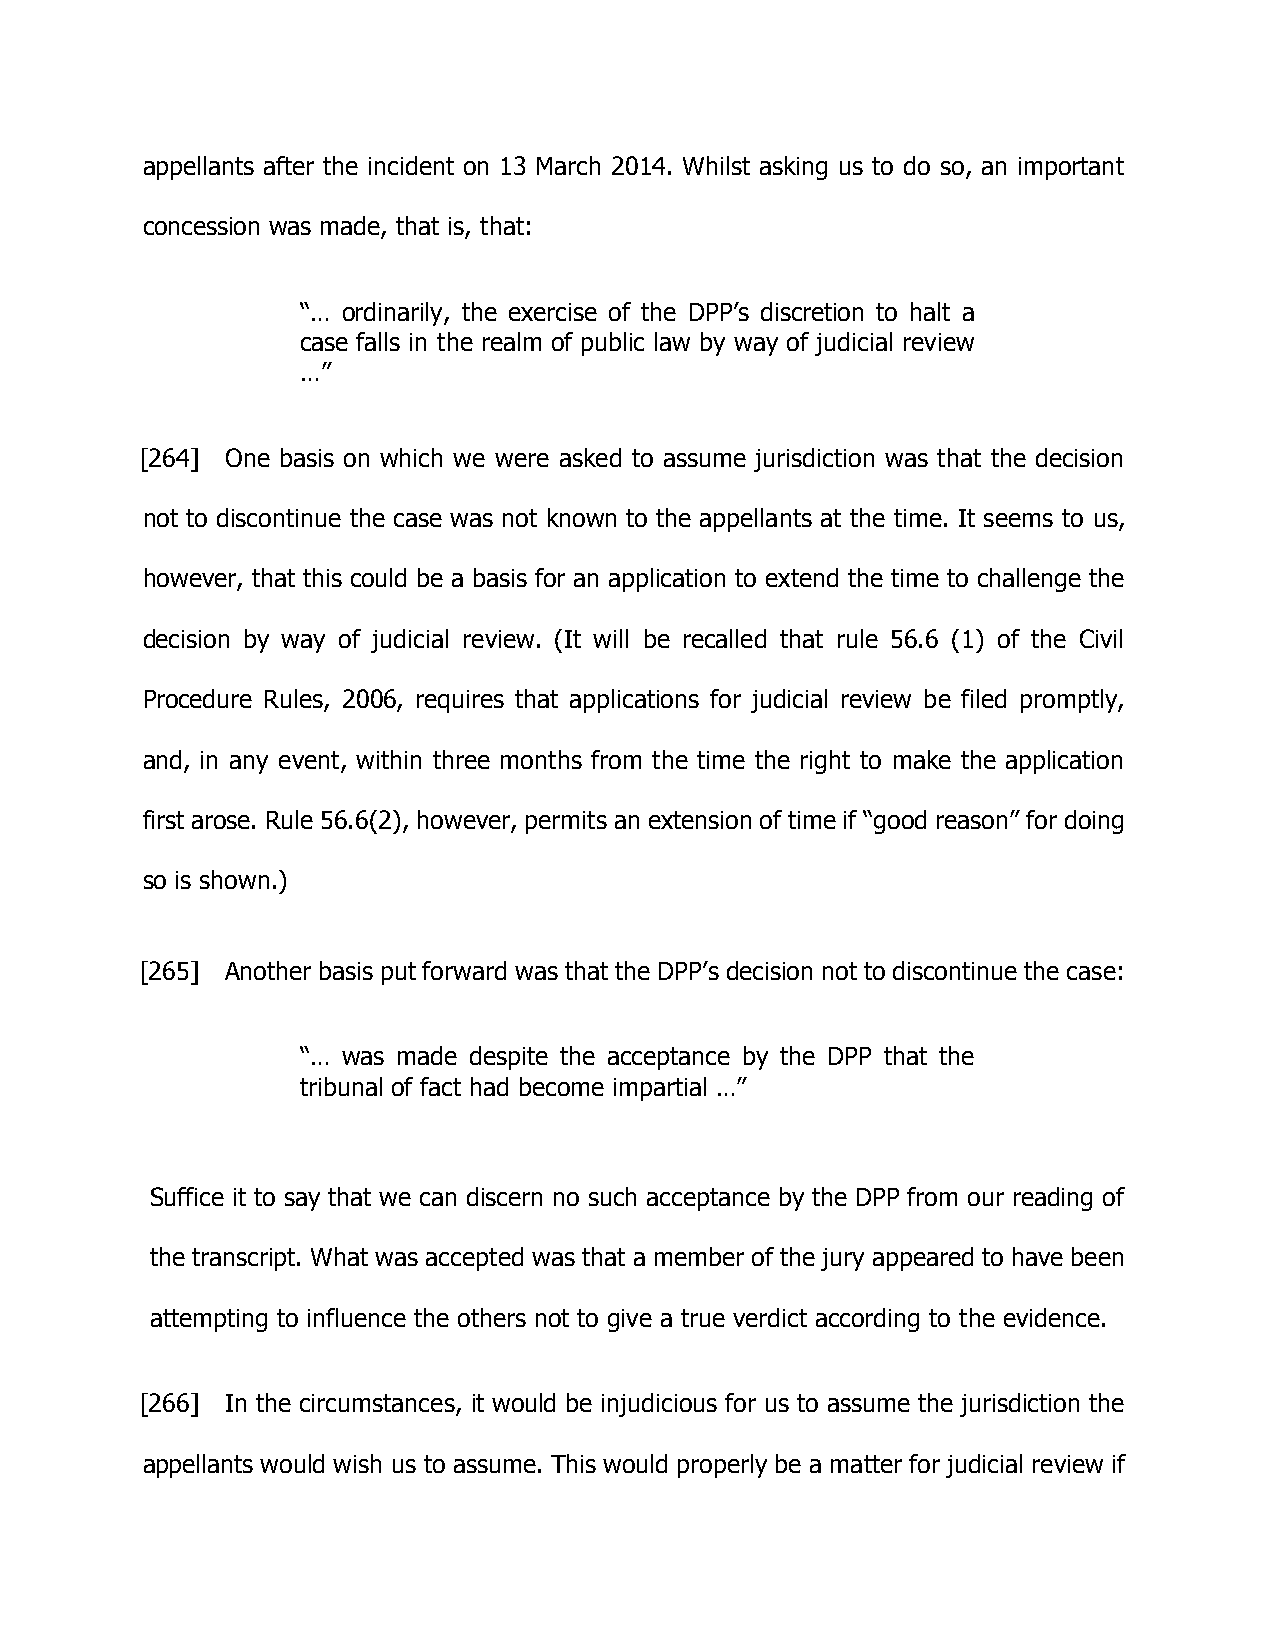
appellants after the incident on 13 March 2014. Whilst asking us to do so, an important
 concession was made, that is, that:
 “… ordinarily, the exercise of the DPP’s discretion to halt a
 case falls in the realm of public law by way of judicial review
 …”
 [264] One basis on which we were asked to assume jurisdiction was that the decision
 not to discontinue the case was not known to the appellants at the time. It seems to us,
 however, that this could be a basis for an application to extend the time to challenge the
 decision by way of judicial review. (It will be recalled that rule 56.6 (1) of the Civil
 Procedure Rules, 2006, requires that applications for judicial review be filed promptly,
 and, in any event, within three months from the time the right to make the application
 first arose. Rule 56.6(2), however, permits an extension of time if “good reason” for doing
 so is shown.)
 [265] Another basis put forward was that the DPP’s decision not to discontinue the case:
 “… was made despite the acceptance by the DPP that the
 tribunal of fact had become impartial …”
 Suffice it to say that we can discern no such acceptance by the DPP from our reading of
 the transcript. What was accepted was that a member of the jury appeared to have been
 attempting to influence the others not to give a true verdict according to the evidence.
 [266] In the circumstances, it would be injudicious for us to assume the jurisdiction the
 appellants would wish us to assume. This would properly be a matter for judicial review if